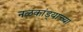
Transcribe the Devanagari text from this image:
नळकांड्याच्या